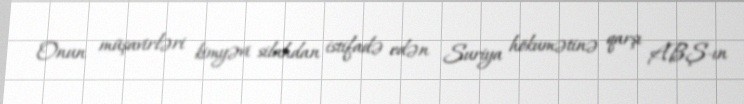
Onun müşavirləri kimyəvi silahdan istifadə edən Suriya hökumətinə qarşı ABŞ-ın